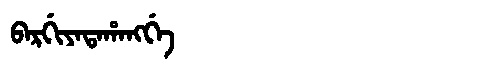
Manchu: ᠪᠠᡵᡤᡳᠶᠠᡨᠠᡥᠠᠩᡤᡝ
Romanization: BARGIYATAHANGGE